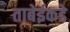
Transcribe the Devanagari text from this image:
ताबेईकडे